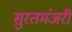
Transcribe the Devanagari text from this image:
सुरतमंजरी